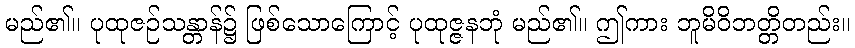
မည်၏။ ပုထုဇဉ်သန္တာန်၌ ဖြစ်သောကြောင့် ပုထုဇ္ဇနဘုံ မည်၏။ ဤကား ဘူမိဝိဘတ္တိတည်း။